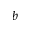
b